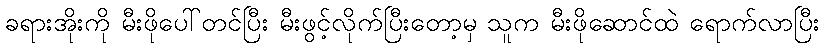
ခရားအိုးကို မီးဖိုပေါ်တင်ပြီး မီးဖွင့်လိုက်ပြီးတော့မှ သူက မီးဖိုဆောင်ထဲ ရောက်လာပြီး